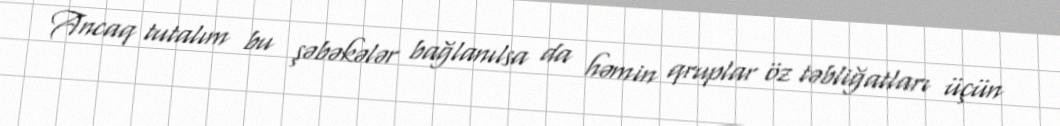
Ancaq tutalım bu şəbəkələr bağlanılsa da həmin qruplar öz təbliğatları üçün